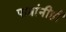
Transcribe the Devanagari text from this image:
पात्रांनीही